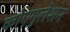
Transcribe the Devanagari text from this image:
कोएगुलेशन